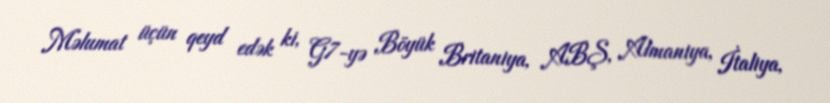
Məlumat üçün qeyd edək ki, G7-yə Böyük Britaniya, ABŞ, Almaniya, İtaliya,